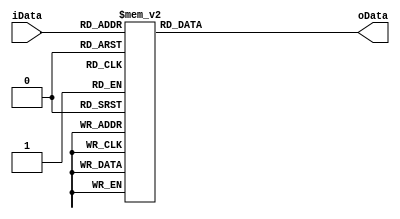
`timescale 1ns / 1ps
//////////////////////////////////////////////////////////////////////////////////
// Company: 
// Engineer: 
// 
// Design Name: 
// Module Name: displayer
// Project Name: 
// Target Devices: 
// Tool Versions: 
// Description: 
// 
// Dependencies: 
// 
// Revision:
// Revision 0.01 - File Created
// Additional Comments:
// 
//////////////////////////////////////////////////////////////////////////////////

module display7(iData,oData);
input [3:0]iData;
output [6:0]oData;
reg [6:0]oData;
always @(iData)
begin
case(iData)
4'b0000:begin oData=7'b1000000;end
4'b0001:begin oData=7'b1111001;end
4'b0010:begin oData=7'b0100100;end
4'b0011:begin oData=7'b0110000;end
4'b0100:begin oData=7'b0011001;end
4'b0101:begin oData=7'b0010010;end
4'b0110:begin oData=7'b0000010;end
4'b0111:begin oData=7'b1111000;end
4'b1000:begin oData=7'b0000000;end
4'b1001:begin oData=7'b0010000;end
default:begin oData=7'b0000000;end
endcase
end
endmodule